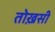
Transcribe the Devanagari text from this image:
तोख़सी